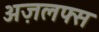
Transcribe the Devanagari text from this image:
अज़लफ्स